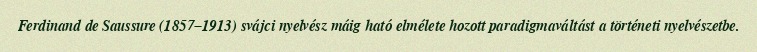
Ferdinand de Saussure (1857–1913) svájci nyelvész máig ható elmélete hozott paradigmaváltást a történeti nyelvészetbe.